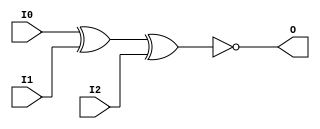
module XNOR3 (O, I0, I1, I2);

    output O;

    input  I0, I1, I2;

	xnor X1 (O, I0, I1, I2);


endmodule